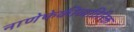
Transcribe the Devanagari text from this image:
नाणेफेकीव्यतिरिक्त